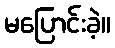
မပြောင်းခဲ့။